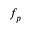
f _ { p }